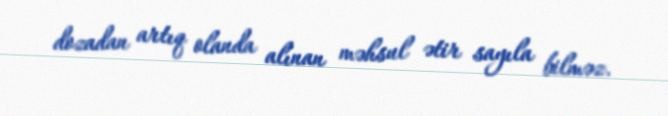
dozadan artıq olanda alınan məhsul ətir sayıla bilməz.